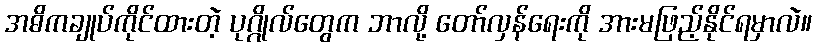
အဓိကချုပ်ကိုင်ထားတဲ့ ပုဂ္ဂိုလ်တွေက ဘာလို့ တော်လှန်ရေးကို အားမဖြည့်နိုင်ရမှာလဲ။